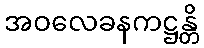
အဝလေခနကဋ္ဌန္တိ